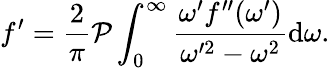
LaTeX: f^{\prime}=\frac{2}{\pi}\mathcal{P}\int_{0}^{\infty}\frac{\omega^{\prime}f^{\prime\prime}(\omega^{\prime})}{\omega^{\prime 2}-\omega^{2}}\mathrm{d}\omega.